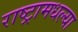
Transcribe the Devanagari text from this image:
राष्ट्रामधल्या